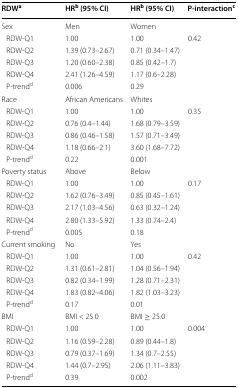
<table><thead><tr><td><b>RDW<sup>a</sup></b></td><td><b>HR<sup>b</sup> (95% CI)</b></td><td><b>HR<sup>b</sup> (95% CI)</b></td><td><b>P-interaction<sup>c</sup></b></td></tr></thead><tbody><tr><td>Sex</td><td>Men</td><td>Women</td><td></td></tr><tr><td> RDW-Q1</td><td>1.00</td><td>1.00</td><td>0.42</td></tr><tr><td> RDW-Q2</td><td>1.39 (0.73–2.67)</td><td>0.71 (0.34–1.47)</td><td></td></tr><tr><td> RDW-Q3</td><td>1.20 (0.60–2.38)</td><td>0.85 (0.42–1.7)</td><td></td></tr><tr><td> RDW-Q4</td><td>2.41 (1.26–4.59)</td><td>1.17 (0.6–2.28)</td><td></td></tr><tr><td> P-trend<sup>d</sup></td><td>0.006</td><td>0.29</td><td></td></tr><tr><td>Race</td><td>African Americans</td><td>Whites</td><td></td></tr><tr><td> RDW-Q1</td><td>1.00</td><td>1.00</td><td>0.35</td></tr><tr><td> RDW-Q2</td><td>0.76 (0.4–1.44)</td><td>1.68 (0.79–3.59)</td><td></td></tr><tr><td> RDW-Q3</td><td>0.86 (0.46–1.58)</td><td>1.57 (0.71–3.49)</td><td></td></tr><tr><td> RDW-Q4</td><td>1.18 (0.66–2.1)</td><td>3.60 (1.68–7.72)</td><td></td></tr><tr><td> P-trend<sup>d</sup></td><td>0.22</td><td>0.001</td><td></td></tr><tr><td>Poverty status</td><td>Above</td><td>Below</td><td></td></tr><tr><td> RDW-Q1</td><td>1.00</td><td>1.00</td><td>0.17</td></tr><tr><td> RDW-Q2</td><td>1.62 (0.76–3.49)</td><td>0.85 (0.45–1.61)</td><td></td></tr><tr><td> RDW-Q3</td><td>2.17 (1.03–4.56)</td><td>0.63 (0.32–1.24)</td><td></td></tr><tr><td> RDW-Q4</td><td>2.80 (1.33–5.92)</td><td>1.33 (0.74–2.4)</td><td></td></tr><tr><td> P-trend<sup>d</sup></td><td>0.005</td><td>0.18</td><td></td></tr><tr><td>Current smoking</td><td>No</td><td>Yes</td><td></td></tr><tr><td> RDW-Q1</td><td>1.00</td><td>1.00</td><td>0.42</td></tr><tr><td> RDW-Q2</td><td>1.31 (0.61–2.81)</td><td>1.04 (0.56–1.94)</td><td></td></tr><tr><td> RDW-Q3</td><td>0.82 (0.34–1.99)</td><td>1.28 (0.71–2.31)</td><td></td></tr><tr><td> RDW-Q4</td><td>1.83 (0.82–4.06)</td><td>1.82 (1.03–3.23)</td><td></td></tr><tr><td> P-trend<sup>d</sup></td><td>0.17</td><td>0.01</td><td></td></tr><tr><td>BMI</td><td>BMI &lt; 25.0</td><td>BMI ≥ 25.0</td><td></td></tr><tr><td> RDW-Q1</td><td>1.00</td><td>1.00</td><td>0.004</td></tr><tr><td> RDW-Q2</td><td>1.16 (0.59–2.28)</td><td>0.89 (0.44–1.8)</td><td></td></tr><tr><td> RDW-Q3</td><td>0.79 (0.37–1.69)</td><td>1.34 (0.7–2.55)</td><td></td></tr><tr><td> RDW-Q4</td><td>1.44 (0.7–2.95)</td><td>2.06 (1.11–3.83)</td><td></td></tr><tr><td> P-trend<sup>d</sup></td><td>0.39</td><td>0.002</td><td></td></tr></tbody></table>